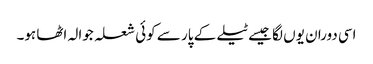
اسی دوران یوں لگا جیسے ٹیلے کے پار سے کوئی شعلہ جوالہ اٹھا ہو۔